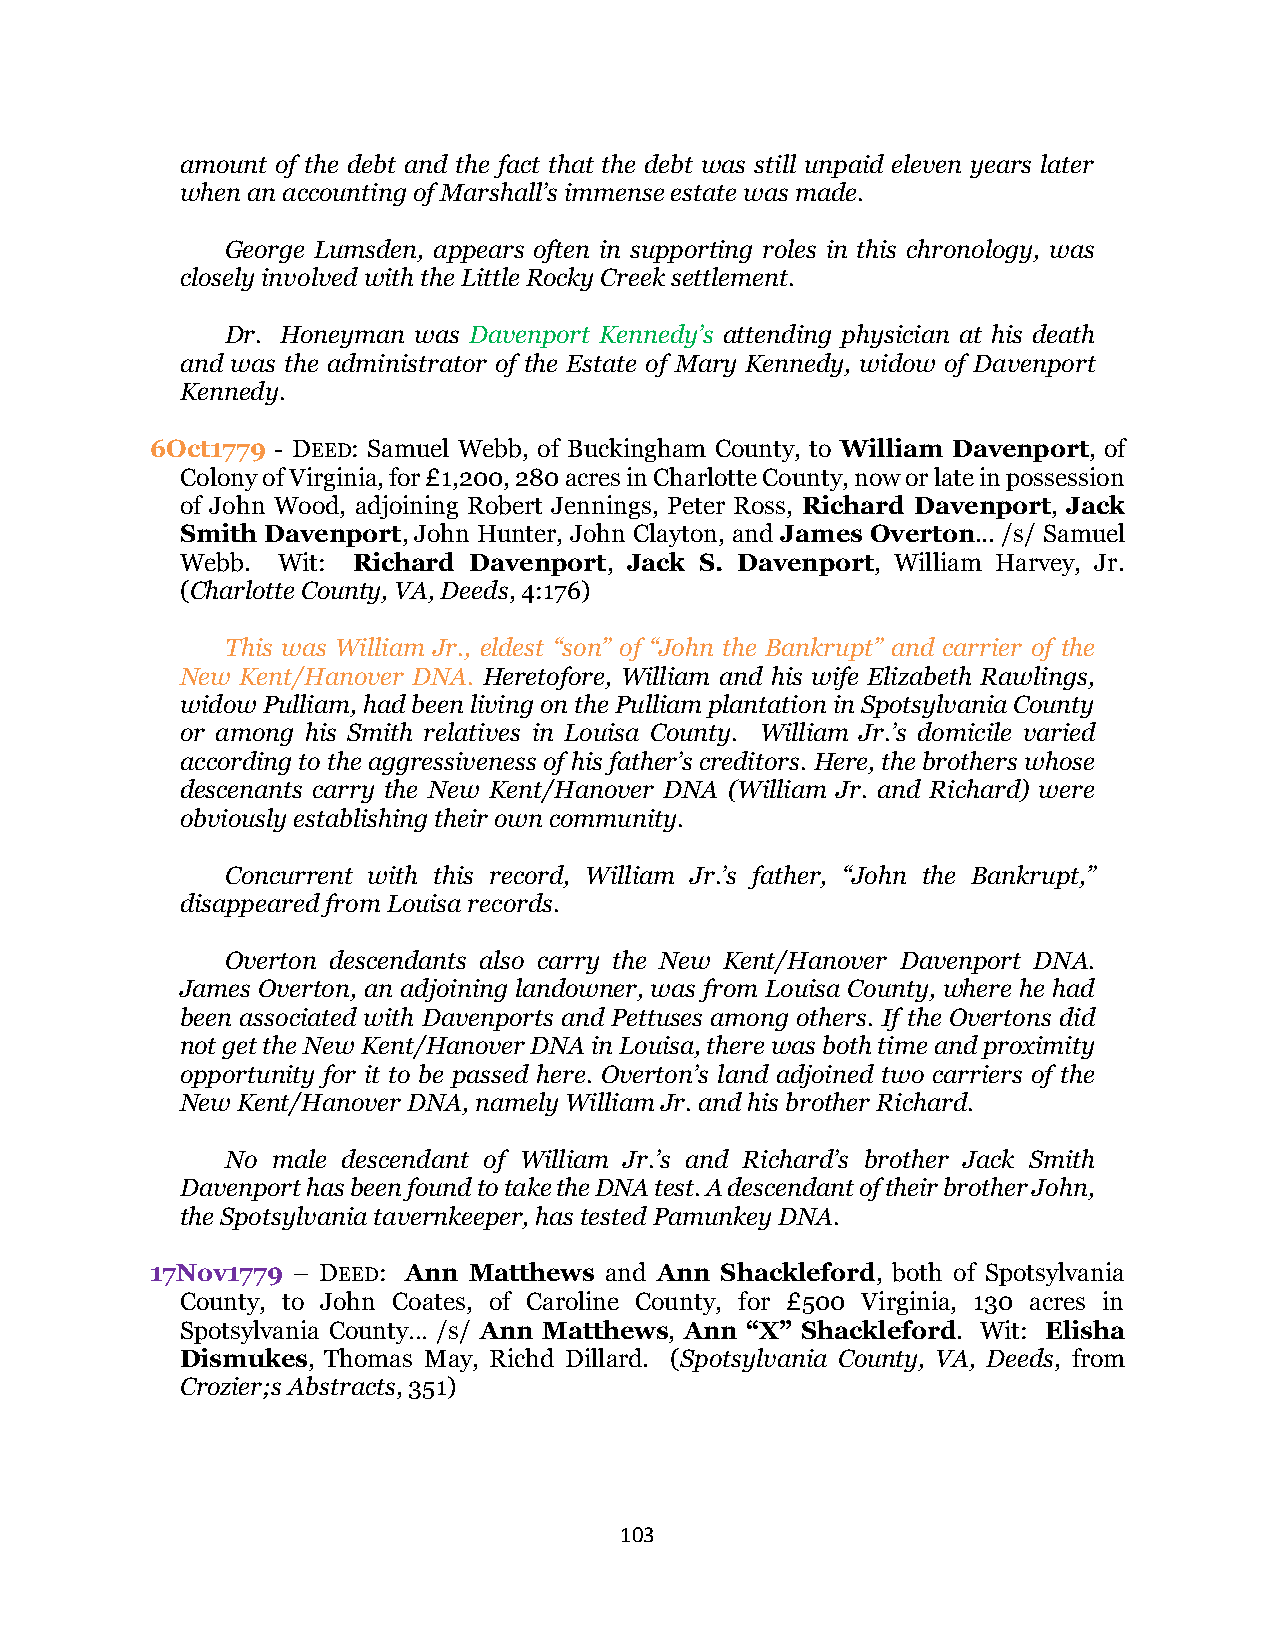
amount of the debt and the fact that the debt was still unpaid eleven years later
 when an accounting of Marshall’s immense estate was made.
 George Lumsden, appears often in supporting roles in this chronology, was
 closely involved with the Little Rocky Creek settlement.
 Dr. Honeyman was Davenport Kennedy’s attending physician at his death
 and was the administrator of the Estate of Mary Kennedy, widow of Davenport
 Kennedy.
 6Oct1779 - DEED: Samuel Webb, of Buckingham County, to William Davenport, of
 Colony of Virginia, for £1,200, 280 acres in Charlotte County, now or late in possession
 of John Wood, adjoining Robert Jennings, Peter Ross, Richard Davenport, Jack
 Smith Davenport, John Hunter, John Clayton, and James Overton... /s/ Samuel
 Webb. Wit: Richard Davenport, Jack S. Davenport, William Harvey, Jr.
 (Charlotte County, VA, Deeds, 4:176)
 This was William Jr., eldest “son” of “John the Bankrupt” and carrier of the
 New Kent/Hanover DNA. Heretofore, William and his wife Elizabeth Rawlings,
 widow Pulliam, had been living on the Pulliam plantation in Spotsylvania County
 or among his Smith relatives in Louisa County. William Jr.’s domicile varied
 according to the aggressiveness of his father’s creditors. Here, the brothers whose
 descenants carry the New Kent/Hanover DNA (William Jr. and Richard) were
 obviously establishing their own community.
 Concurrent with this record, William Jr.’s father, “John the Bankrupt,”
 disappeared from Louisa records.
 Overton descendants also carry the New Kent/Hanover Davenport DNA.
 James Overton, an adjoining landowner, was from Louisa County, where he had
 been associated with Davenports and Pettuses among others. If the Overtons did
 not get the New Kent/Hanover DNA in Louisa, there was both time and proximity
 opportunity for it to be passed here. Overton’s land adjoined two carriers of the
 New Kent/Hanover DNA, namely William Jr. and his brother Richard.
 No male descendant of William Jr.’s and Richard’s brother Jack Smith
 Davenport has been found to take the DNA test. A descendant of their brother John,
 the Spotsylvania tavernkeeper, has tested Pamunkey DNA.
 17Nov1779 – DEED: Ann Matthews and Ann Shackleford, both of Spotsylvania
 County, to John Coates, of Caroline County, for £500 Virginia, 130 acres in
 Spotsylvania County… /s/ Ann Matthews, Ann “X” Shackleford. Wit: Elisha
 Dismukes, Thomas May, Richd Dillard. (Spotsylvania County, VA, Deeds, from
 Crozier;s Abstracts, 351)
 103